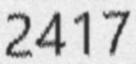
2417